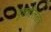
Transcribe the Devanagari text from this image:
वृहन्नीलतंत्र